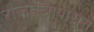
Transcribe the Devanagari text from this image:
राजतंत्रापासून